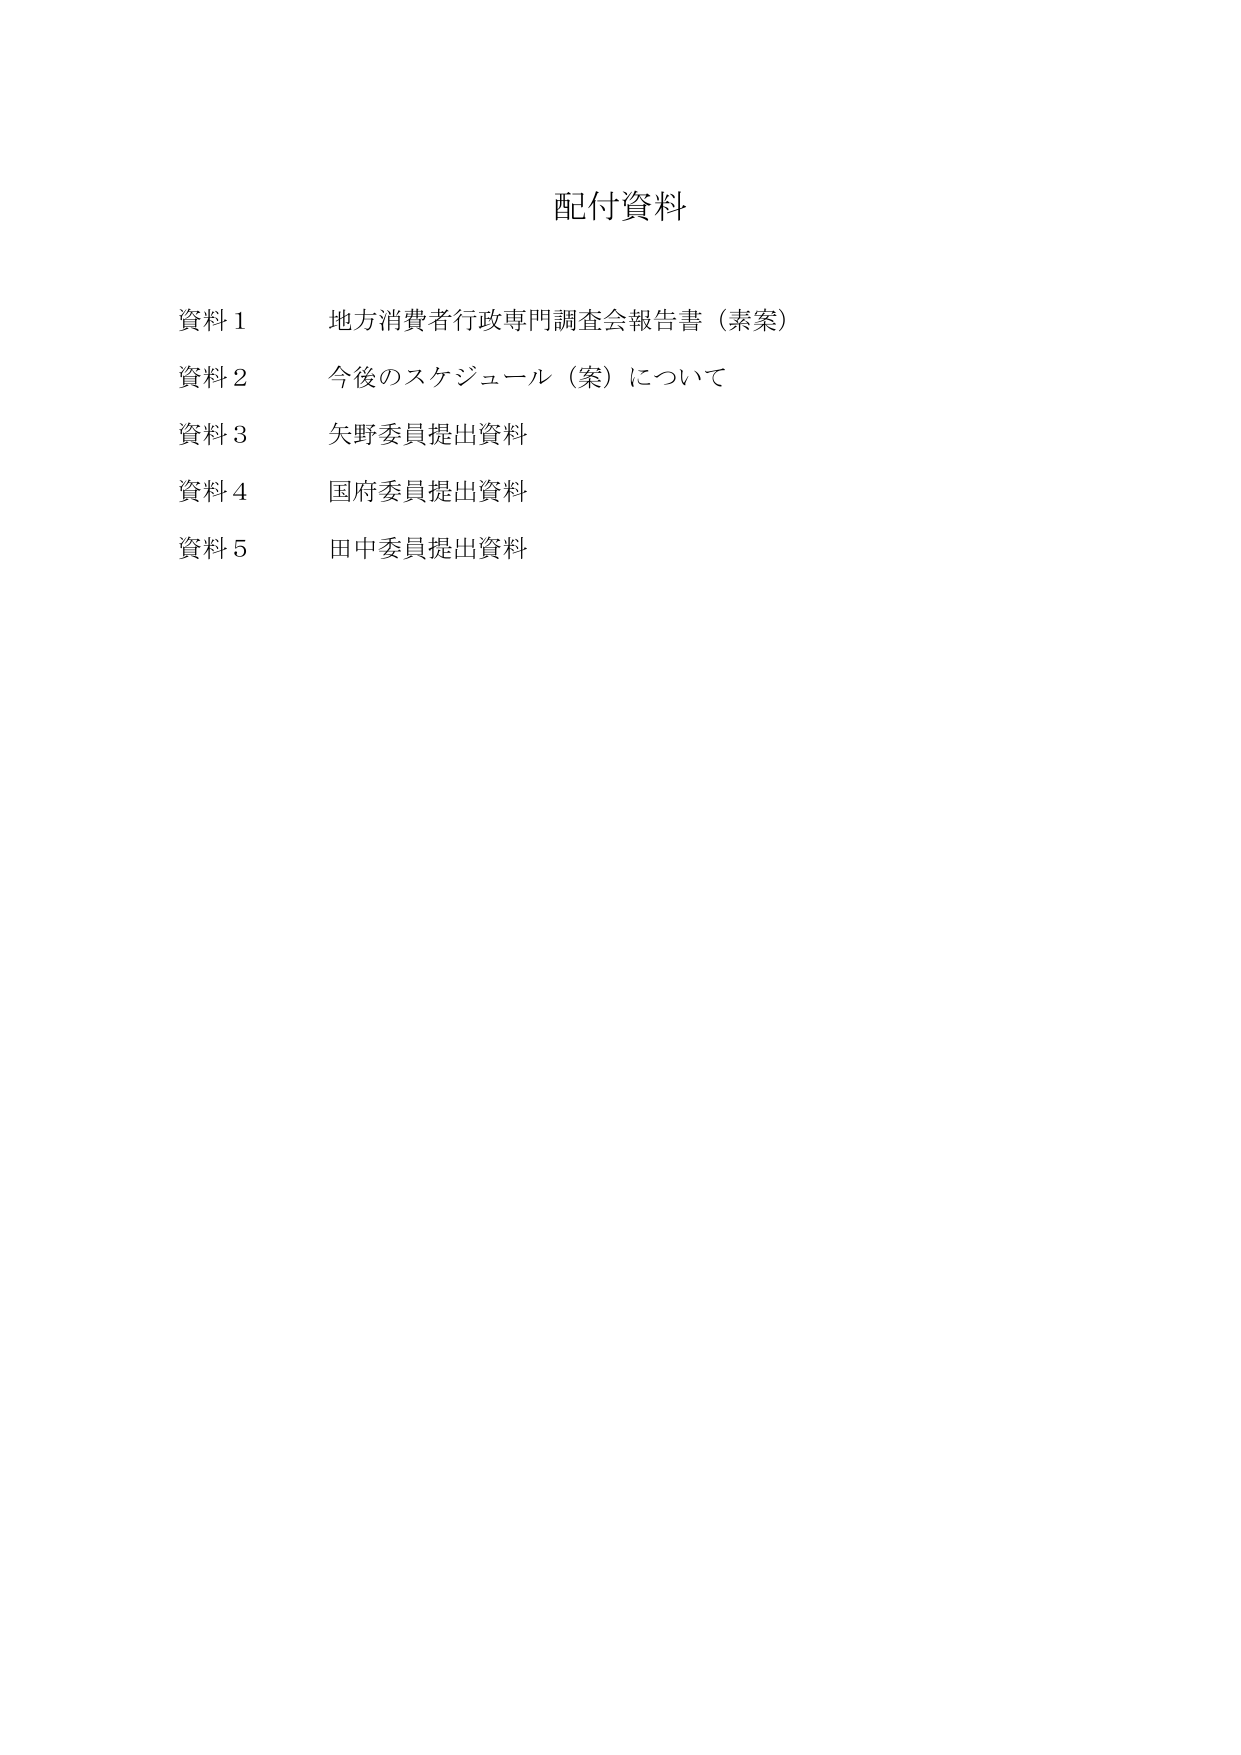
配付資料

資料１　地方消費者行政専門調査会報告書（素案）
資料２　今後のスケジュール（案）について
資料３　矢野委員提出資料
資料４　国府委員提出資料
資料５　田中委員提出資料